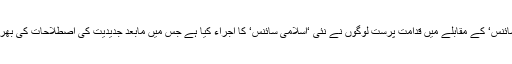
‘مغربی سائنس‘ کے مقابلے میں قدامت پرست لوگوں نے نئی ‘اسلامی سائنس‘ کا اجراء کیا ہے جس میں مابعد جدیدیت کی اصطلاحات کی بھرمار ہے ۔